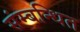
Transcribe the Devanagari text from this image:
संम्बन्धित